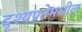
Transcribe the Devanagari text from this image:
दृश्यप्रतेमधील